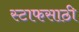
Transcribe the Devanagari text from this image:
स्टाफसाठी